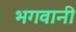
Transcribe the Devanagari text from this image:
भगवानी